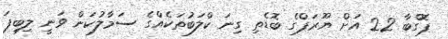
ޕޮގްބާ 22 އަށް ޔޫރަޕްގެ ބޮޑެތި ގިނަ ކްލަބުތަކެއްގެ ސަމާލުކަން ވަނީ ލިބިފަ